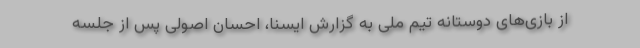
از بازی‌های دوستانه تیم ملی به گزارش ایسنا، احسان اصولی پس از جلسه